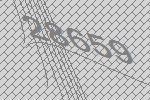
28659